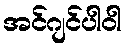
အင်ဂျင်ပါဝါ